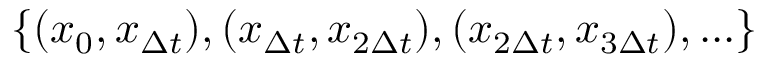
\{ ( x _ { 0 } , x _ { \Delta t } ) , ( x _ { \Delta t } , x _ { 2 \Delta t } ) , ( x _ { 2 \Delta t } , x _ { 3 \Delta t } ) , . . . \}